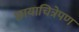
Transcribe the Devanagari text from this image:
छायाचित्रेपण